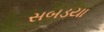
સબડયા